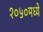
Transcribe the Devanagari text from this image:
१०५०मध्ये